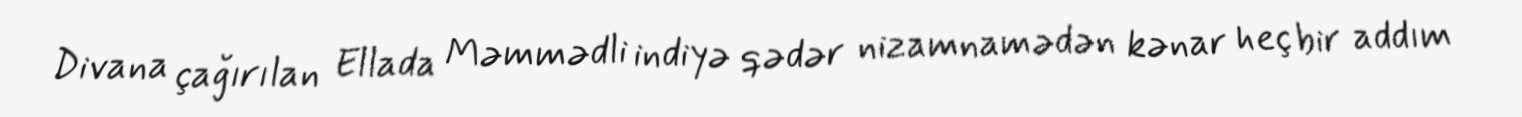
Divana çağırılan Ellada Məmmədli indiyə qədər nizamnamədən kənar heç bir addım